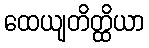
ထေယျတိတ္ထိယာ